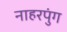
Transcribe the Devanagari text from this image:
नाहरपुंग